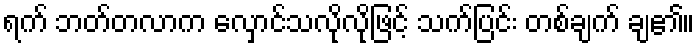
ရက် ဘတ်တလာက လှောင်သလိုလိုဖြင့် သက်ပြင်း တစ်ချက် ချ၏။